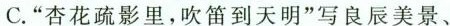
C.”杏花疏影里，吹笛到天明”写良辰美景、